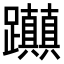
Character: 𨈃